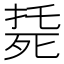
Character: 𣨰